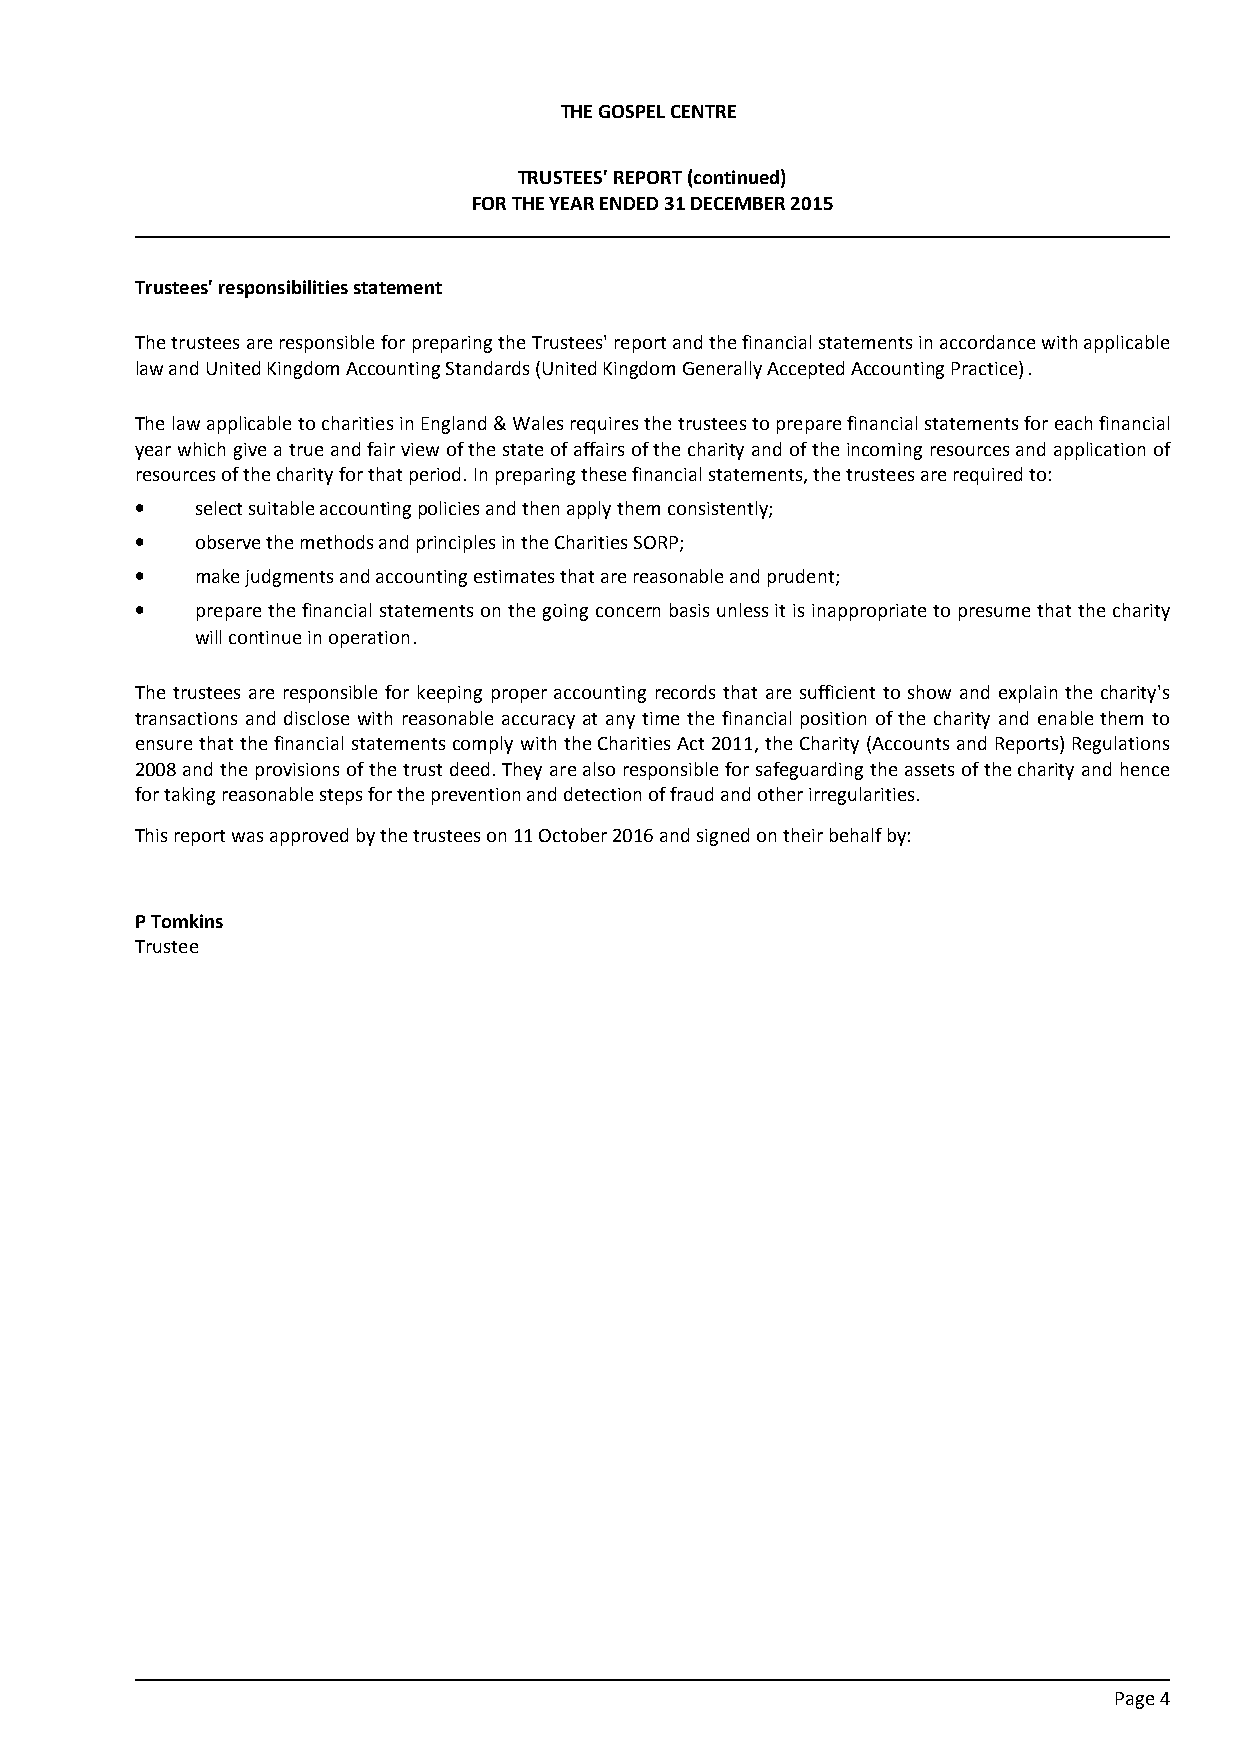
THE GOSPEL CENTRE
 TRUSTEES' REPORT (continued)
 FOR THE YEAR ENDED 31 DECEMBER 2015
 Trustees' responsibilities statement
 The trustees are responsible for preparing the Trustees' report and the financial statements in accordance with applicable
 law and United Kingdom Accounting Standards (United Kingdom Generally Accepted Accounting Practice).
 The law applicable to charities in England & Wales requires the trustees to prepare financial statements for each financial
 year which give a true and fair view of the state of affairs of the charity and of the incoming resources and application of
 resources of the charity for that period. In preparing these financial statements, the trustees are required to:
 •   select suitable accounting policies and then apply them consistently;
 •   observe the methods and principles in the Charities SORP;
 •   make judgments and accounting estimates that are reasonable and prudent;
 •   prepare the financial statements on the going concern basis unless it is inappropriate to presume that the charity
 will continue in operation.
 The trustees are responsible for keeping proper accounting records that are sufficient to show and explain the charity's
 transactions and disclose with reasonable accuracy at any time the financial position of the charity and enable them to
 ensure that the financial statements comply with the Charities Act 2011, the Charity (Accounts and Reports) Regulations
 2008 and the provisions of the trust deed. They are also responsible for safeguarding the assets of the charity and hence
 for taking reasonable steps for the prevention and detection of fraud and other irregularities.
 This report was approved by the trustees on 11 October 2016 and signed on their behalf by:
 P Tomkins
 Trustee
 Page 4